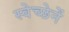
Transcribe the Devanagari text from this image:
स्वेच्छेनें